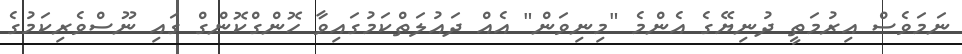
ނަމަވެސް އިރުމަތީ ދުނިޔޭގެ އެންމެ "މިނިވަން" އެއް ދައުލަތްކަމުގައިވާ ހޮންގްކޮންގް ގައި ނޫސްވެރިކަމުގެ